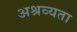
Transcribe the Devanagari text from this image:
अश्रव्यता